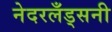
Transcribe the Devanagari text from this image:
नेदरलँड्सनी